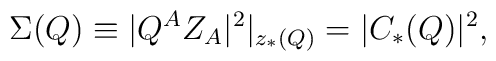
\Sigma(Q) \equiv |Q^A Z_A|^2 |_{z_*(Q)} = |C_*(Q)|^2,